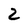
Character: 2